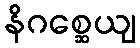
နိဂစ္ဆေယျ